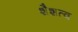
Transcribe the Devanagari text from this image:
शैशत्व